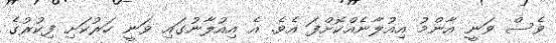
ވެސް ވަނީ އާންމު އިއުލާނެއްކޮށްފަ އެވެ. އެ އިއުލާނުގައި ވަނީ ހަރުކަށި ފިކުރުގެ